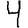
Digit: 4